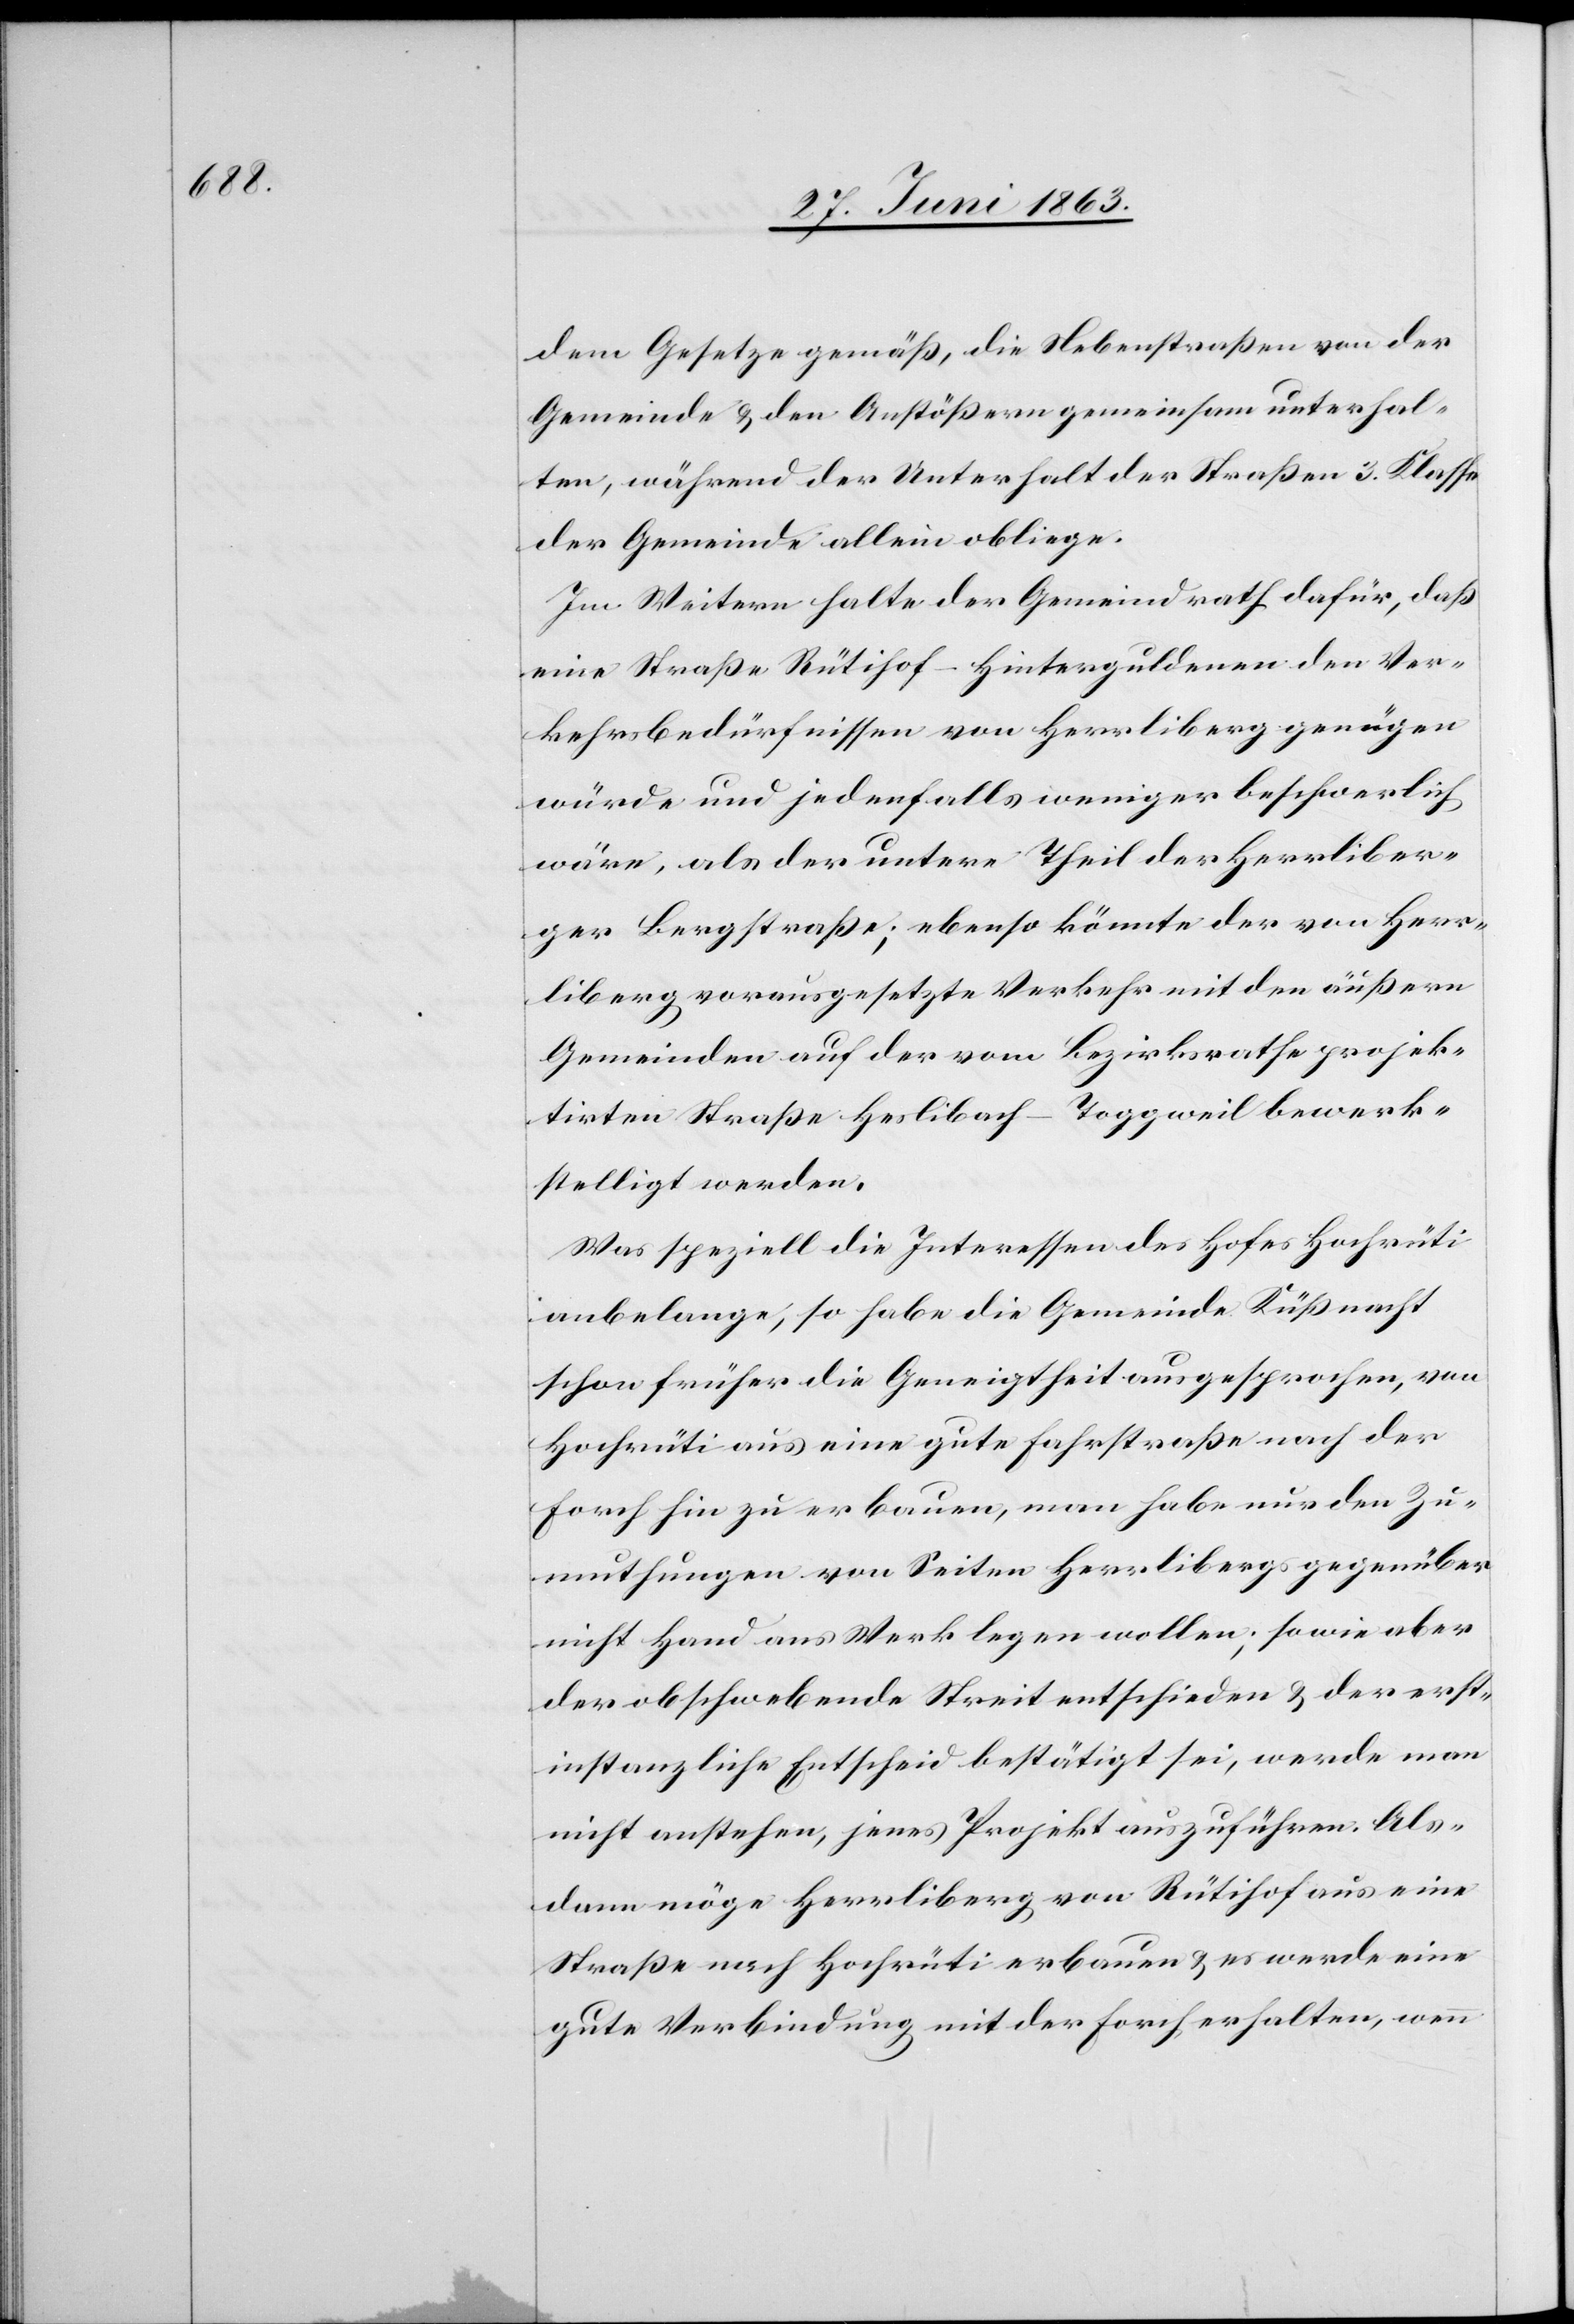
dem Gesetze gemäß, die Nebenstraßen von der
Gemeinde & den Anstößern gemeinsam unterhal¬
ten, während der Unterhalt der Straßen 3. Klasse
der Gemeinde allein obliege.
Im Weitern halte der Gemeindrath dafür, daß
eine Straße Rütihof–Hinterguldenen den Ver¬
kehrsbedürfnissen von Herrliberg genügen
würde und jedenfalls weniger beschwerlich
wäre, als der untere Theil der Herrliber¬
ger Bergstraße; ebenso könnte der von Herr¬
liberg vorausgesetzte Verkehr mit den äußern
Gemeinden auf der vom Bezirksrathe projek¬
tirten Straße Heslibach–Toggweil bewerk¬
stelligt werden.
Was speziell die Interessen des Hofes Hochrüti
anbelange, so habe die Gemeinde Küßnacht
schon früher die Geneigtheit ausgesprochen, von
Hochrüti aus eine gute Fahrstraße nach der
Forch hin zu erbauen, man habe nur den Zu¬
muthungen von Seiten Herrlibergs gegenüber
nicht Hand ans Werk legen wollen; sowie aber
der obschwebende Streit entschieden & der erst¬
instanzliche Entscheid bestätigt sei, werde man
nicht anstehen, jenes Projekt auszuführen. Als¬
dann möge Herrliberg von Rütihof aus eine
Straße nach Hochrüti erbauen & es werde eine
gute Verbindung mit der Forch erhalten, wenn